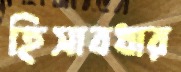
হিসাবধার